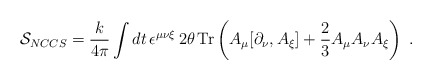
\begin{align*}{\cal S}_{NCCS}=\frac{k}{4\pi} \int dt \, \epsilon^{\mu \nu \xi}\, 2\theta\,{\rm Tr}\left(A_{\mu} [\partial_{\nu}, A_{\xi}]+\frac{2}{3} A_{\mu} A_{\nu} A_{\xi}\right)~.\end{align*}